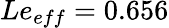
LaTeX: Le_{eff}=0.656